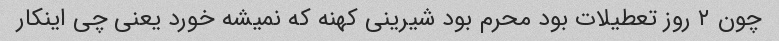
چون ۲ روز تعطیلات بود محرم بود شیرینی کهنه که نمیشه خورد یعنی چی اینکار